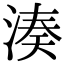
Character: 湊